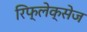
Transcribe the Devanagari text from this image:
रिफ्लेक्सेज